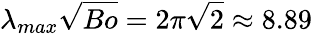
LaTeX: \lambda_{max}\sqrt{Bo}=2\pi\sqrt{2}\approx 8.89